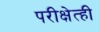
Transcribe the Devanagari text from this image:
परीक्षेत्ही